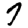
Digit: 7